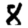
Digit: 8